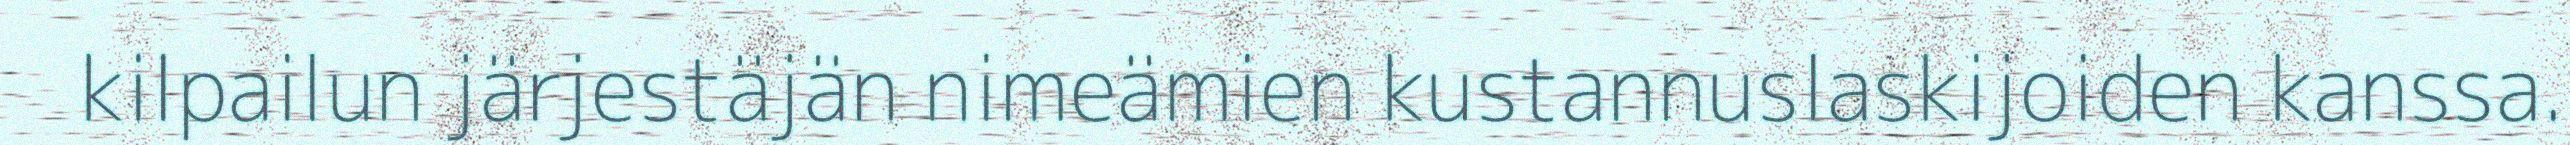
kilpailun järjestäjän nimeämien kustannuslaskijoiden kanssa.